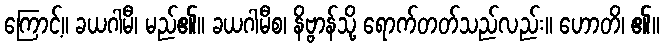
ကြောင့်။ ခယဂါမီ၊ မည်၏။ ခယဂါမီစ၊ နိဗ္ဗာန်သို့ ရောက်တတ်သည်လည်း။ ဟောတိ၊ ၏။